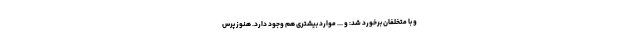
و با متخلفان برخورد شد: و ... موارد بیشتری هم وجود دارد. هنوز پرس